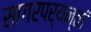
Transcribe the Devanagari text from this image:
सागरपर्यन्तां